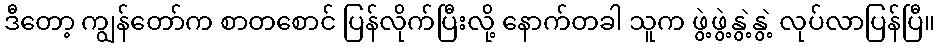
ဒီတော့ ကျွန်တော်က စာတစောင် ပြန်လိုက်ပြီးလို့ နောက်တခါ သူက ဖွဲ့ဖွဲ့နွဲ့နွဲ့ လုပ်လာပြန်ပြီ။